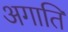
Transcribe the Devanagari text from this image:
अगाति